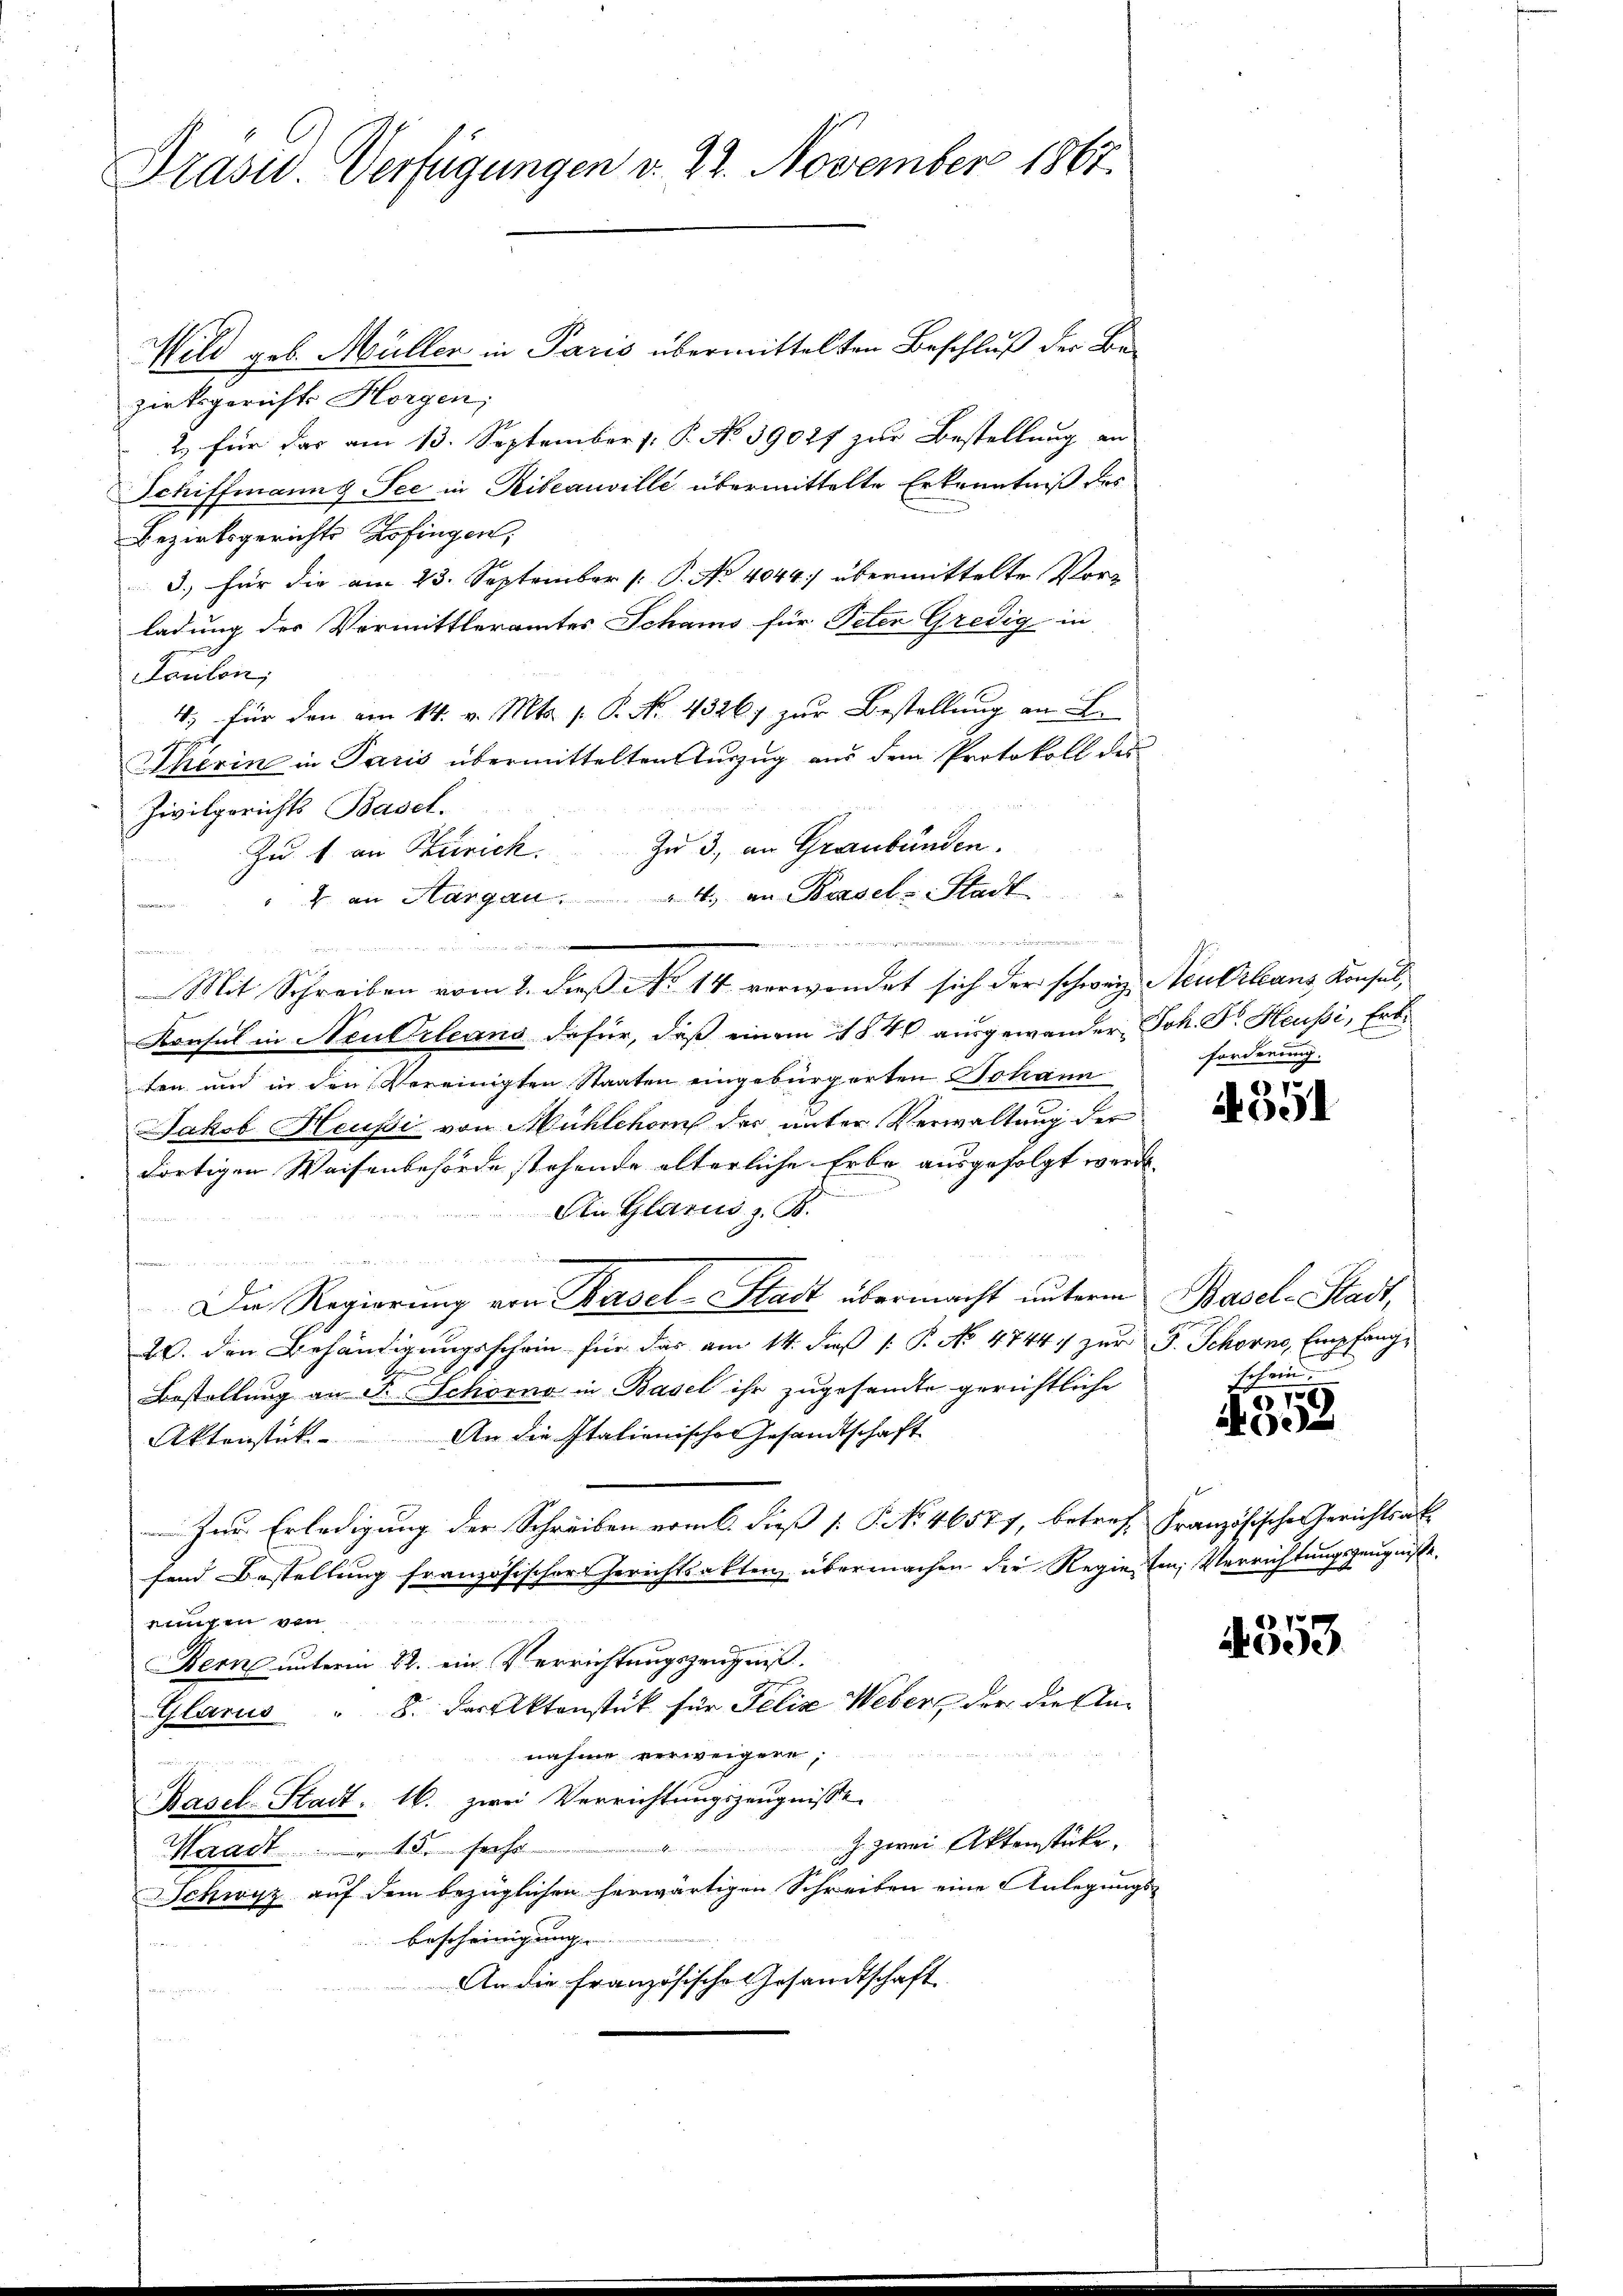
Prasw. Verfügungen v. 22. November 1867.

Wild geb. Müller in Paris übermittelten Beschluß der Bezirksgericht Horgen;
2. für das am 13. September (: P. No 39027 zur Bestellung an
Schiffmann & See in Ribeauville übermittelte Erkenntniß des
Bezirksgerichts Zofingen,
3, für die am 23. September [ P. No 4044 übermittelte Vorz
ladung der Vormittleramtes Schams für Peter Gredig in
Farilen,
4. für den am 14. v. Mts. p. P. No. 43267 zur Bestellung an L
Therin in Paris übermittelten Kurzug aus dem Protokoll des
Zivilgerichts Basel.
Zu 1 an Zürich. Zu 3., an Graubünden.
" in Aargau. 4. an Basel-Stadt
e

f
Konsul in Neuerleans dafür, daß einem 1840 ausgewander Joh. Dr. Heußi, Erbden und in den Vereinigten Staaten eingebürgerten Johann
Jakob Heußi von Mühlehors der unter Verwaltung der
dortigen Waisenbehörde stehende alterliche Erbe ausgefolgt werde. |
An Glarus z. B.
Die Regierung von Basel-Stadt übermacht unterm
20. den Behändigungsschein für das am 14. daß [ P. No 4744. zur F. Schorno, Empfang¬
Bestellung an F. Schöner in Basel ihr zugesandte gerichtliche
Aktenstück. An die Italienischen Gesandtschaft
Zur Erledigung der Schreiben erml. dieß [P No 46577, betref Französische Gerichtsabfand Bestellung französischer Gerichtsakten übermachen die Regierten, Verrichtungszeugnisse,
ningen von
Berne unterm 22. ein Verrichtungszeugniß.
Glarus " 8. Fersektenstück für Felix Webers der die Annahme verweigern;
Basel-Stadt 16. zwei Verrichtungszeugnisse
 zwei Aktenstücke.
Waadt 15. sechs
Schwyz auf dem bezüglichen herwärtigen Schreiben eine Anlegungsbescheinigung
Weise weiten
An die französische Gesandtschaft
 9

Mit Schreiben vom 2. dieβ No 14 verwendet sich der schweiz. Neubilans Konsul,

erie mit denen seinen ei

forderung.

6)
091

Basel-Stadt,
fchein

4352

4353